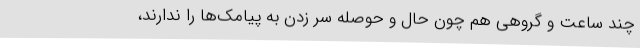
چند ساعت و گروهی هم چون حال و حوصله سر زدن به پیامک‌ها را ندارند،